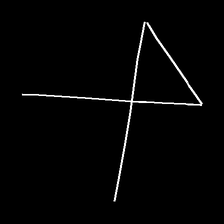
Glyph: collection